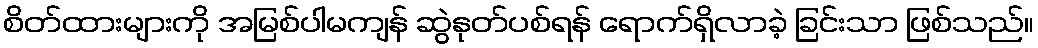
စိတ်ထားများကို အမြစ်ပါမကျန် ဆွဲနုတ်ပစ်ရန် ရောက်ရှိလာခဲ့ ခြင်းသာ ဖြစ်သည်။